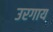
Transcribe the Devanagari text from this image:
उरगाय